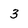
Character: 3